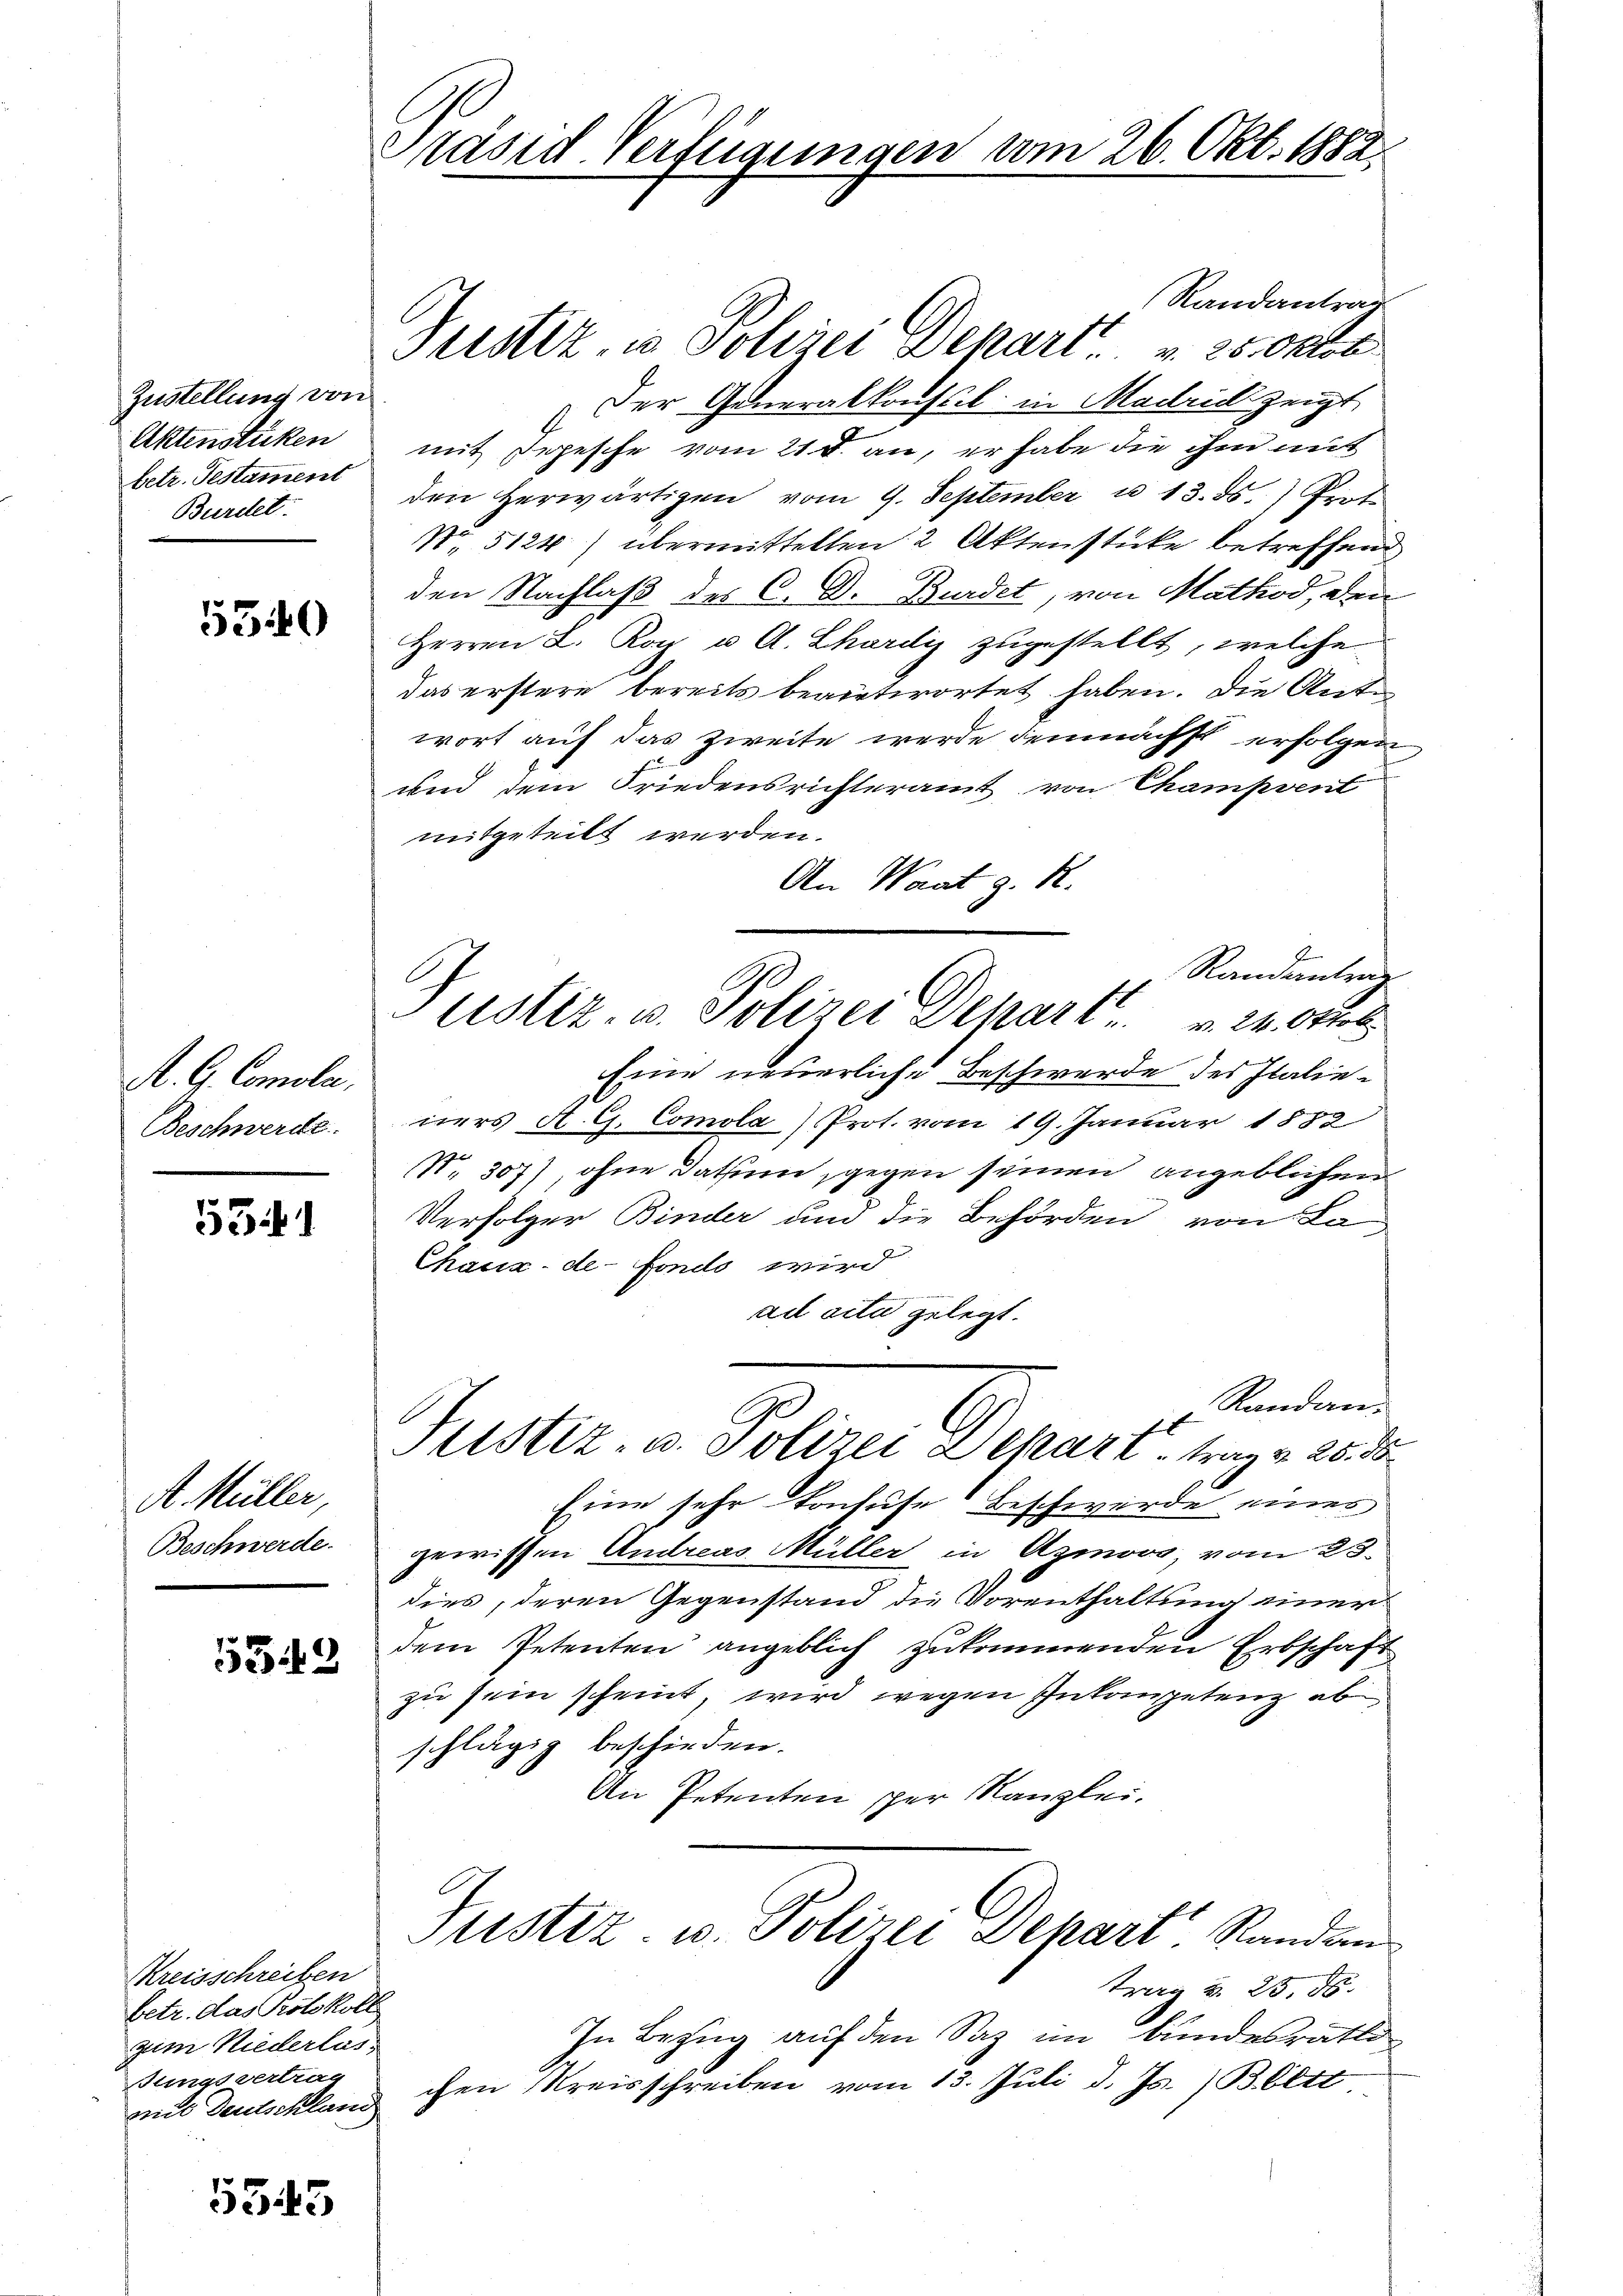
Zustellung von
Aktenstücken
betr. Testament
Burcket.

5340

A. G. Comola,
Beschwerde.

53

A. Müller,
Beschwerde.

5542

Kreisschreiben
betr. das Protokoll
zum Niederlas
Singsvertrag
mit Deutschland

5343

Präsid Verfügungen vom 26. Okt. 1882

Randantrag
Justiz, in Polizei Depart 25. Oktob
Der Generalkassel in Madrich zeigt,
mit Depesche vom 21 f. an, er habe die ihm mit
den herwärtigen vom 9. September u 13. ds.) Prot
No 5124) übermittelten 2 Aktenstücke betreffend
den Nachlaß des C. D. Bundet, von Mathos, den
Herrn L. Rog u. A. Zhardis zugestellt, welche
das erstere bereits beantwortet haben. Die Ante
wort auf das Zweite werde demnächst erfolgen
und dem Friedensrichteramt von Champvent
mitgeteilt werden.
An Waat z. R.
Eine neuerliche Beschwerde des Italieners A. G. Comola) Prot. vom 19. Januar 1882
No. 307), ohne Datum, gegen seinen angeblichen
Verfolger Binder und die Behörden von Ka-
Chaux-de-Fondo wird
ad cita gelegt.
Randan¬
Justiz- u. Polizei Depart, trag v. 26. ds.
Eine sehr konfuse Beschwerde eines
gewissen Andreas Müller in Azmovo, vom 23.
dies, deren Gegenstand die Vorenthaltung einer
dem Petenten angeblich zukommenden Erbschaft
zu sein scheint, wird wegen Inkompetenz ab
schlägig beschieden.
An Petenten sper Kanzlei.

Randantrag
ustiz- u. Polizei Depart 24. Okt

Justiz- u. Polizei Dehart Randan

trag u. 25. ds.
In Bezug auf den Saz im Bundesrathe
chen Kreisschreiben vom 13. Juli d. Js.) Bett